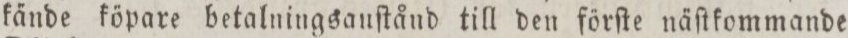
kände köpare betalningsauſtånd till den förſte näſtkommande